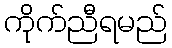
ကိုက်ညီရမည်